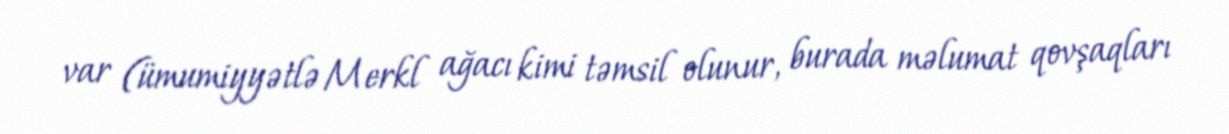
var (ümumiyyətlə Merkl ağacı kimi təmsil olunur, burada məlumat qovşaqları